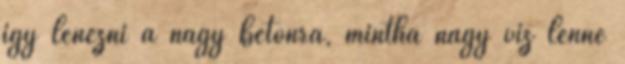
így lenézni a nagy betonra, mintha nagy víz lenne